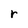
Character: r